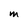
Character: M